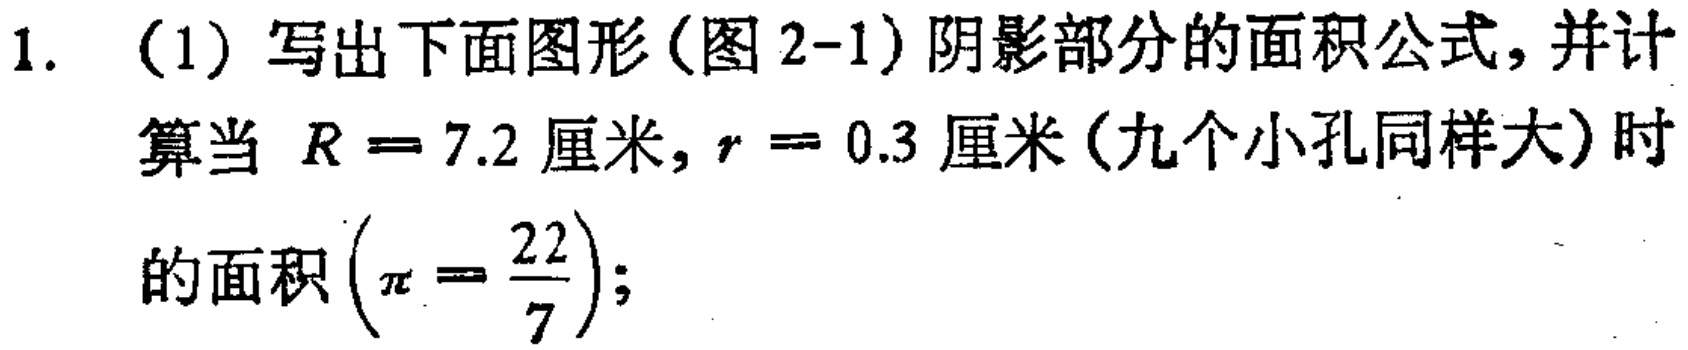
1. (1) 写出下面图形(图 2-1)阴影部分的面积公式, 并计算当 \(R = 7.2\) 厘米, \(r = 0.3\) 厘米(九个小孔同样大)时的面积\((\pi=\frac{22}{7})\);